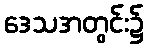
ဒေသအတွင်း၌